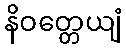
နိဝတ္တေယျံ